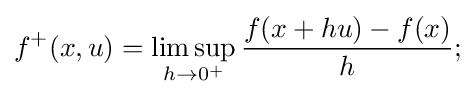
f^{+}(x,u)=\limsup _{h\to 0^{+}}{\frac {f(x+hu)-f(x)}{h}};